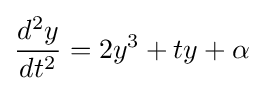
{\frac {d^{2}y}{dt^{2}}}=2y^{3}+ty+\alpha